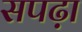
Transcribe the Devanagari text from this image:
सपढ़ा